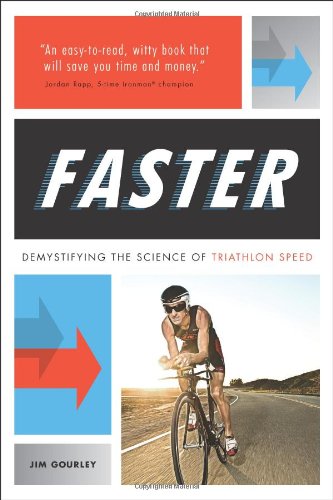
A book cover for Faster: Demystifying the Science of Triathlon Speed; Jim Gourley; Health, Fitness & Dieting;